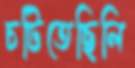
চটিতেছিলি